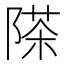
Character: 𮥗